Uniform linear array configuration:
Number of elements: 48
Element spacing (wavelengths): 1
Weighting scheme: hann
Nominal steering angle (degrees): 0
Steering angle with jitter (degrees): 0.9894
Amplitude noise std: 0.05
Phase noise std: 0.05

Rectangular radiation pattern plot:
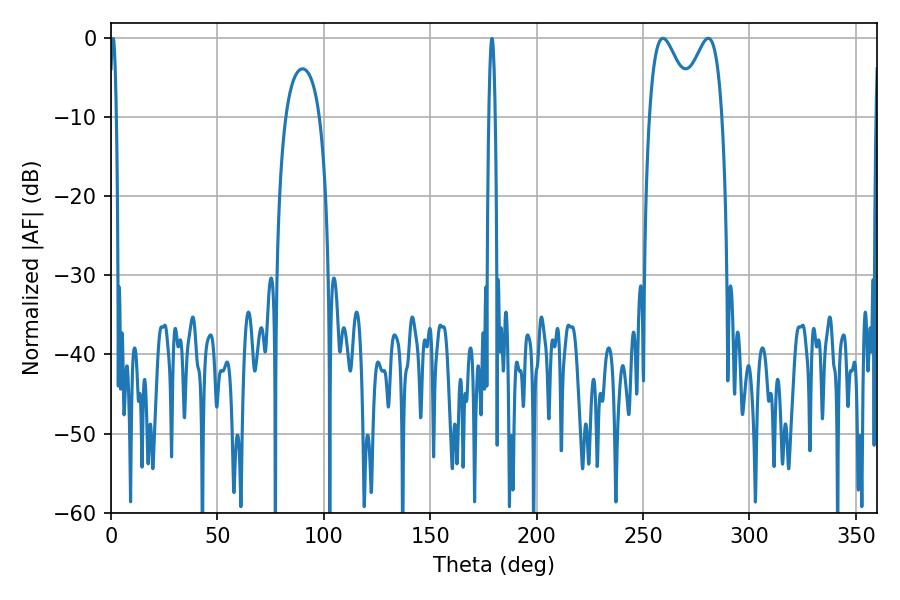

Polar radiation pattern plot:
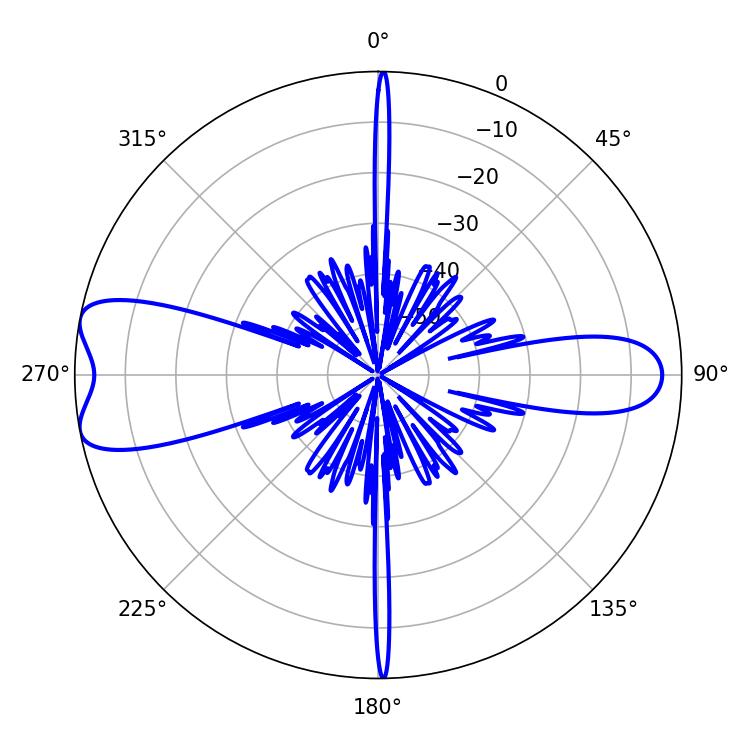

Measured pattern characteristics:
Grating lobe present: TRUE
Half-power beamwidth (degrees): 10.98
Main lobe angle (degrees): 259.38